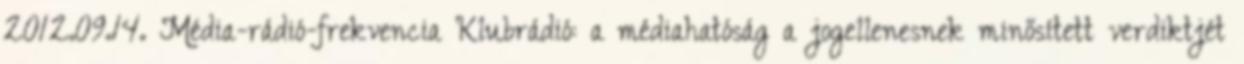
2012.09.14. Média-rádió-frekvencia Klubrádió: a médiahatóság a jogellenesnek minősített verdiktjét